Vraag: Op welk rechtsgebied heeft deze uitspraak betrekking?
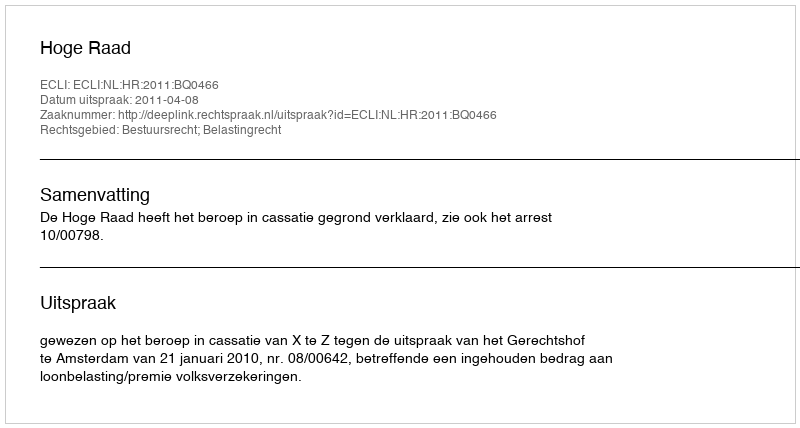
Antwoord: Bestuursrecht; Belastingrecht